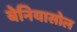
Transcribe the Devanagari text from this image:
बेनियासोल